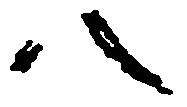
八